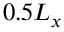
0 . 5 L _ { x }